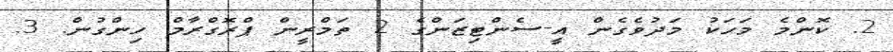
2. ކޮންމެ މަހަކު މަދުވެގެން އީ-ސެންޓިޒަންގެ 2 ތަމްރީން ޕްރޮގްރާމް ހިންގުން. 3.